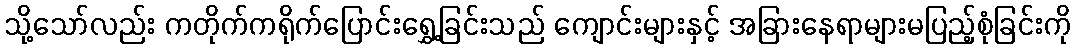
သို့သော်လည်း ကတိုက်ကရိုက်ပြောင်းရွှေ့ခြင်းသည် ကျောင်းများနှင့် အခြားနေရာများမပြည့်စုံခြင်းကို